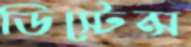
ডিস্টেন্স